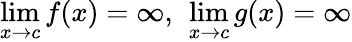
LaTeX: \operatorname*{lim}_{x\to c}f(x)=\infty,\ \operatorname*{lim}_{x\to c}g(x)=\infty